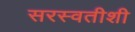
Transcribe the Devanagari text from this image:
सरस्वतीशी